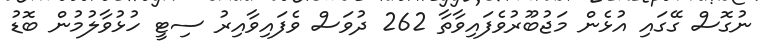
ނުގޮސް ގޭގައި އުޅެން މަޖުބޫރުވެފައިވާތާ 262 ދުވަސް ވެފައިވާއިރު ސިޓީ ހުޅުވާލުމުން ބޮޑު